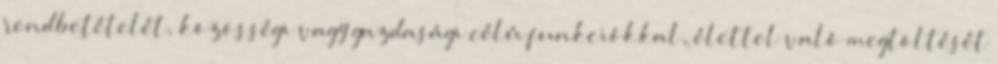
rendbetételét, közösségi vagy gazdasági célú funkciókkal, élettel való megtöltését